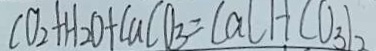
C O _ { 2 } + H _ { 2 } O + C a C O _ { 3 } = C a l H ( O _ { 3 } ) _ { 2 }